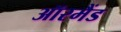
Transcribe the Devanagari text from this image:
ऑरमैंड